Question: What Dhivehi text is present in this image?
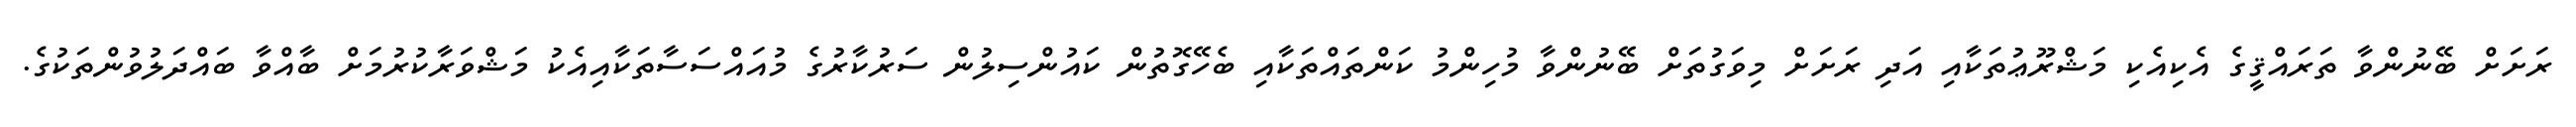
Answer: ރަށަށް ބޭނުންވާ ތަރައްޤީގެ އެކިއެކި މަޝްރޫޢުތަކާއި އަދި ރަށަށް މިވަގުތަށް ބޭނުންވާ މުހިންމު ކަންތައްތަކާއި ބެހޭގޮތުން ކައުންސިލުން ސަރުކާރުގެ މުއައްސަސާތަކާއިއެކު މަޝްވަރާކުރުމަށް ބާއްވާ ބައްދަލުވުންތަކުގެ.